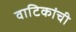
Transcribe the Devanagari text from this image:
वाटिकांची